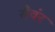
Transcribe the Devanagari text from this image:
सैवंर